Sanitation, dispensaries and jails vaccination Rajputana 1922-1927 - 1922-1927
Year: 1922
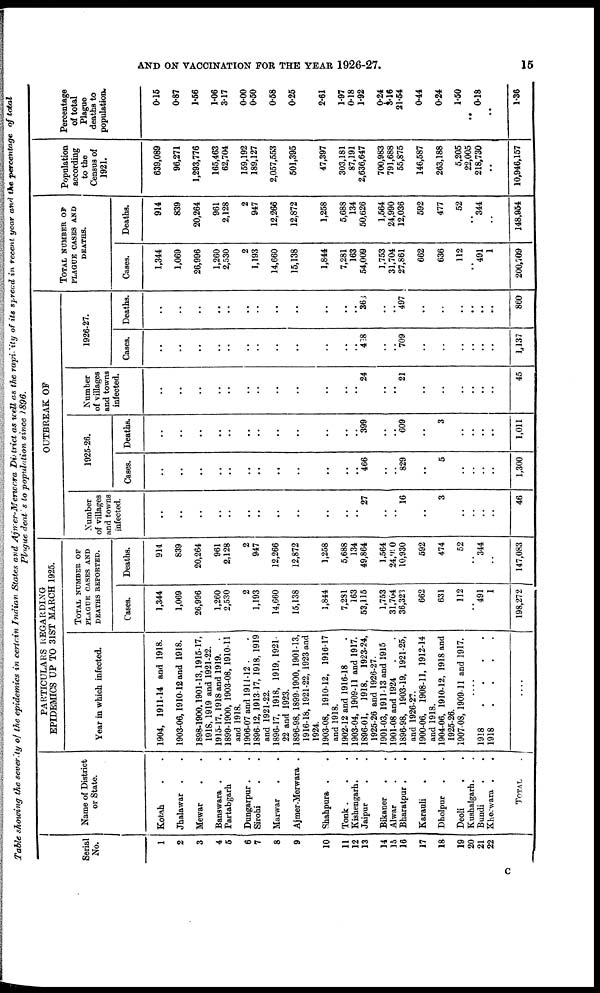
AND ON VACCINATION FOR THE YEAR 1926-27.
15
Table showing the severity of the epidemics in certain Indian States and Ajmer-Merwara District as well as the rapidity of its spread in recent year and the percentage of total
Plague deaths to population since 1896.
Serial
No.
1
2
3
4
5
6
7
8
9
10
11
12
13
14
15
16
17
18
19
20
21
22
Name of District
or State.
Kotah . .
Jhalawar . .
Mewar . .
Banswara . .
Partabgarh .
Dungarpur . .
Sirohi . .
Marwar . .
Ajmer-Merwara .
Shahpura . .
Tonk . . .
Kishengarh . .
Jaipur . .
Bikaner . .
Alwar . .
Bharatpur . .
Karauli . .
Dholpur . .
Deoli . .
Kushalgarh . .
Bundi . .
Kherwara . .
TOTAL
.
PARTICULARS REGARDING
EPIDEMICS UP TO 31ST MARCH 1925.
Year in which infected.
1904, 1911-14 and 1918.
1903-06,1910-12 and 1918.
1898-1900,1901-13,1915-17,
1918,1919 and 1921-22.
1915-17, 1918 and 1919 . .
1899-1900, 1903-08, 1910-11
and 1918.
1906-07 and 1911-12 . .
1896-12, 1913-17, 1918, 1919
and 1921-22.
1896-17, 1918, 1919, 1921
22 and 1923.
1896-98, 1899-1900, 1901-13,
1916-18, 1921-22, 1923 and
1924.
1903-08, 1910-12, 1916-17
and 1918.
1902-12 and 1916-18 .
1903-04, 1909-11 and 1917.
1896-01, 1918, 1923-24,
1925-26 and 1926-27.
1901-03, 1911-13 and 1915
1901-08 and 1924 . .
1896-98, 1903-19, 1921-25,
and 1926-27.
1900-06, 1908-11, 1912-14
and 1918.
1904-06, 1910-12, 1918 and
1925-26.
1907-08, 1909-11 and 1917.
....
1918
.
.
.
.
.
1918
.
.
.
.
.
....
TOTAL NUMBER OF
PLAGUE CASES AND
DEATHS REPORTED.
Cases.
1,344
1,069
26,996
1,260
2,530
2
1,193
14,660
15,138
1,844
7,281
163
53,115
1,753
31,704
36,323
662
631
112
..
491
1
198,272
Deaths.
914
839
20,264
961
2,128
2
947
12,266
12,872
1,258
5,688
134
49,864
1,564
24,990
10,930
592
474
52
..
344
..
147,083
OUTBREAK OF
Number
of villages
and towns
infected.
..
..
..
..
..
..
..
..
..
..
..
..
27
..
..
16
..
3
..
..
..
..
46
1925-26.
Cases.
..
..
..
..
..
..
..
..
..
..
..
..
466
..
..
829
..
5
..
..
..
..
1,300
Deaths.
..
..
..
..
..
..
..
..
..
..
..
..
399
..
..
609
..
3
..
..
..
..
1,011
Number
of villages
and towns
infected.
..
..
..
..
..
..
..
..
..
..
..
..
24
..
..
21
..
..
..
..
..
..
45
1926-27.
Cases.
..
..
..
..
..
..
..
..
..
..
..
..
428
..
..
709
..
..
..
..
..
..
1,137
Deaths.
..
..
..
..
..
..
..
..
..
..
..
..
363
..
..
497
..
..
..
..
..
..
860
TOTAL NUMBER OF
PLAGUE CASES AND
DEATHS.
Cases.
1,344
1,069
26,996
1,260
2,530
2
1,193
14,660
15,138
1,844
7,281
163
54,009
1,753
31,704
27,861
662
636
112
..
491
1
200,709
Deaths.
914
839
20,264
961
2,128
2
947
12,266
12,872
1,258
5,688
134
50,626
1,564
24,990
12,036
592
477
52
..
344
..
148,954
Population
according
to the
Census of
1921.
639,089
96,271
1,293,776
165,463
62,704
159,192
189,127
2,057,553
501,395
47,397
303,181
87,191
2,636,647
700,983
791,688
55,875
146,587
263,188
5,205
22,005
218,730
..
10,946,157
Percentage
of total
Plague
deaths to
population.
0.15
0.87
1.56
1.06
3.17
0.00
0.50
0.58
0.25
2.61
1.97
0.18
1.92
0.24
3.16
21.54
0.44
0.24
1.50
..
0.18
..
1.36
C